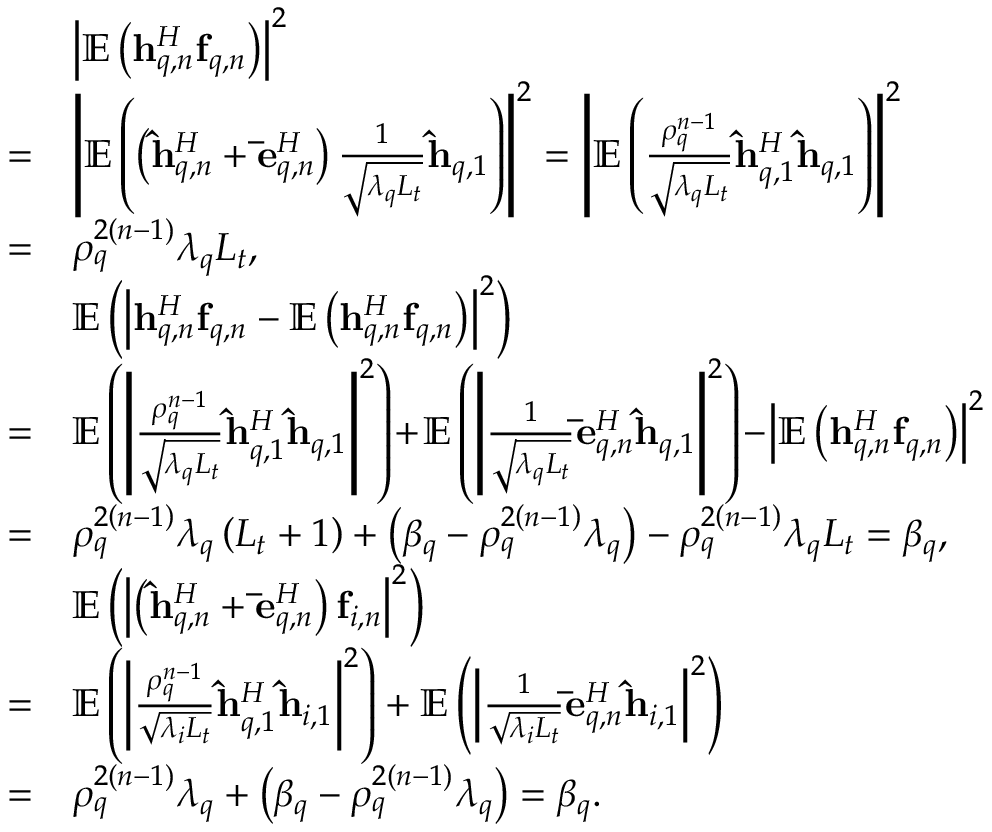
\begin{array} { r l } & { { \left| { { \mathbb E } \left( { { \bf { h } } _ { q , n } ^ { H } { { \bf { f } } _ { q , n } } } \right) } \right| ^ { 2 } } } \\ { = } & { { \left| { { \mathbb E } \left( { \left( { { \bf { \hat { h } } } _ { q , n } ^ { H } + { \bf { \bar { e } } } _ { q , n } ^ { H } } \right) \frac { 1 } { { \sqrt { { \lambda _ { q } } { L _ { t } } } } } { { { \bf { \hat { h } } } } _ { q , 1 } } } \right) } \right| ^ { 2 } } = { \left| { { \mathbb E } \left( { \frac { { { \rho _ { q } ^ { n - 1 } } } } { { \sqrt { { \lambda _ { q } } { L _ { t } } } } } { \bf { \hat { h } } } _ { q , 1 } ^ { H } { { { \bf { \hat { h } } } } _ { q , 1 } } } \right) } \right| ^ { 2 } } } \\ { = } & { { \rho _ { q } ^ { 2 \left( { n - 1 } \right) } } { \lambda _ { q } } { L _ { t } } , } \\ & { { \mathbb E } \left( { { { \left| { { \bf { h } } _ { q , n } ^ { H } { { \bf { f } } _ { q , n } } - { \mathbb E } \left( { { \bf { h } } _ { q , n } ^ { H } { { \bf { f } } _ { q , n } } } \right) } \right| } ^ { 2 } } } \right) } \\ { = } & { { \mathbb E } \left( { { { \left| { \frac { { { \rho _ { q } ^ { n - 1 } } } } { { \sqrt { { \lambda _ { q } } { L _ { t } } } } } { \bf { \hat { h } } } _ { q , 1 } ^ { H } { { { \bf { \hat { h } } } } _ { q , 1 } } } \right| } ^ { 2 } } } \right) \! + \! { \mathbb E } \left( { { { \left| { \frac { 1 } { { \sqrt { { \lambda _ { q } } { L _ { t } } } } } { \bf { \bar { e } } } _ { q , n } ^ { H } { { { \bf { \hat { h } } } } _ { q , 1 } } } \right| } ^ { 2 } } } \right) \! - \! { \left| { { \mathbb E } \left( { { \bf { h } } _ { q , n } ^ { H } { { \bf { f } } _ { q , n } } } \right) } \right| ^ { 2 } } } \\ { = } & { { \rho _ { q } ^ { 2 \left( { n - 1 } \right) } } { \lambda _ { q } } \left( { { L _ { t } } + 1 } \right) + \left( { { \beta _ { q } } - { \rho _ { q } ^ { 2 \left( { n - 1 } \right) } } { \lambda _ { q } } } \right) - { \rho _ { q } ^ { 2 \left( { n - 1 } \right) } } { \lambda _ { q } } { L _ { t } } = { \beta _ { q } } , } \\ & { { \mathbb E } \left( { { { \left| { \left( { { \bf { \hat { h } } } _ { q , n } ^ { H } + { \bf { \bar { e } } } _ { q , n } ^ { H } } \right) { { \bf { f } } _ { i , n } } } \right| } ^ { 2 } } } \right) } \\ { = } & { { \mathbb E } \left( { { { \left| { \frac { { { \rho _ { q } ^ { n - 1 } } } } { { \sqrt { { \lambda _ { i } } { L _ { t } } } } } { \bf { \hat { h } } } _ { q , 1 } ^ { H } { { { \bf { \hat { h } } } } _ { i , 1 } } } \right| } ^ { 2 } } } \right) + { \mathbb E } \left( { { { \left| { \frac { 1 } { { \sqrt { { \lambda _ { i } } { L _ { t } } } } } { \bf { \bar { e } } } _ { q , n } ^ { H } { { { \bf { \hat { h } } } } _ { i , 1 } } } \right| } ^ { 2 } } } \right) } \\ { = } & { { \rho _ { q } ^ { 2 \left( { n - 1 } \right) } } { \lambda _ { q } } + \left( { { \beta _ { q } } - { \rho _ { q } ^ { 2 \left( { n - 1 } \right) } } { \lambda _ { q } } } \right) = { \beta _ { q } } . } \end{array}